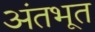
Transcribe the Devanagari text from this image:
अंतभूत